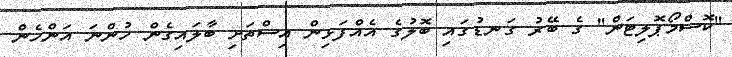
''ކޮސްމޯޕޮލިޓަން'' ގެ ބޭރު ގަނޑުގައި ބޮލުގެ އެއްފަޅިން އިސްތަށި ބާލައިގެން ހުންނަ އަންހެން